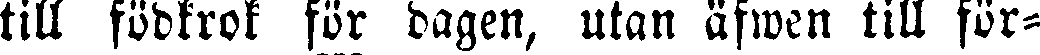
till födkrok för dagen, utan äfwen till för-